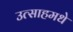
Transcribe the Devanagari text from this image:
उत्साहमधे